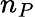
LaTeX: n_{P}